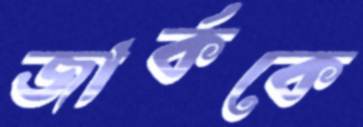
জার্ককে